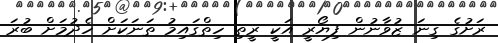
ރަށުގެ ގިނަ ޒުވާނުން ފިޔޯރީ އަކީ ރީތި ހިތްގައިމު ތަނަކަށް ހެދުމަށް ބުރަ